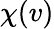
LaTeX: \chi(v)